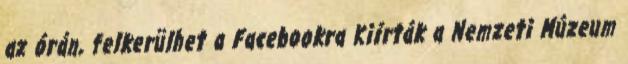
az órán, felkerülhet a Facebookra Kiírták a Nemzeti Múzeum